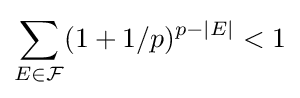
\sum _{E\in {\mathcal {F}}}(1+1/p)^{p-|E|}<1